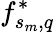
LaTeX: f_{s_{m},q}^{*}